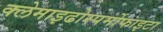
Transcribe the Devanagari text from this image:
क्लेमाइढोस्पर्मोफाइटा